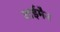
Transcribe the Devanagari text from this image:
वाईमैन